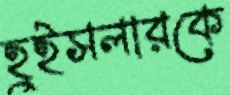
হুইসলারকে